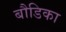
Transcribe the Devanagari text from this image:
बौडिका